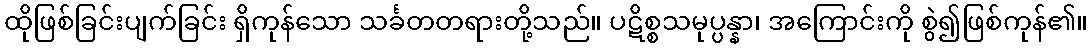
ထိုဖြစ်ခြင်းပျက်ခြင်း ရှိကုန်သော သင်္ခတတရားတို့သည်။ ပဋိစ္စသမုပ္ပန္နာ၊ အကြောင်းကို စွဲ၍ဖြစ်ကုန်၏။